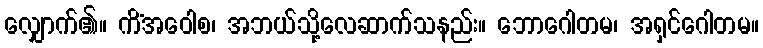
လျှောက်၏။ ကိံအဝေါစ၊ အဘယ်သို့လေဆာက်သနည်း။ ဘောဂေါတမ၊ အရှင်ဂေါတမ။